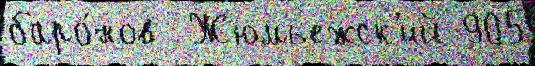
баро́нов  Жюмьежск'ий 905